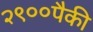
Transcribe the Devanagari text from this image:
२९००पैकी